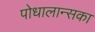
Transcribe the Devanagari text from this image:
पोधालान्सका